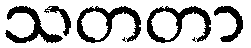
သတတာ